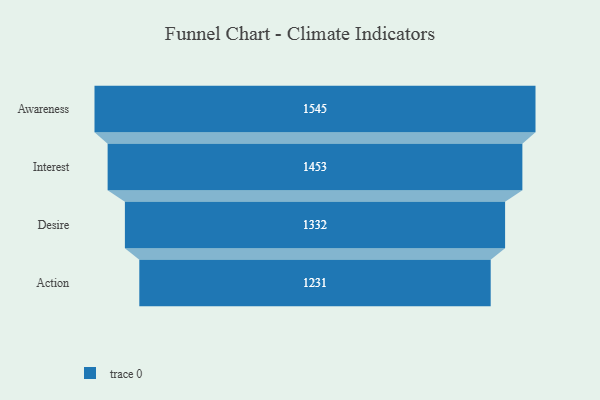
{"axis": {"x": "Stage", "y": "Value"}, "legend": [""], "data": [{"x": "Awareness", "y": 1545.0, "type": ""}, {"x": "Interest", "y": 1453.0, "type": ""}, {"x": "Desire", "y": 1332.0, "type": ""}, {"x": "Action", "y": 1231.0, "type": ""}]}